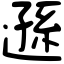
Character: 遜